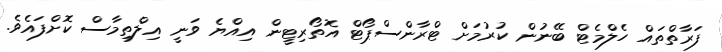
ފަރާތްތައް ހެލްމެޓް ބޭނުން ކުރުމަށް ޓްރާންސްޕޯޓް އޮތޯރިޓީން އިއްޔެ ވަނީ އިލްތިމާސް ކޮށްފައެވެ.